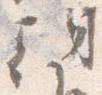
朝